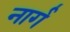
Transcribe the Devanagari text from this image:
नार्ग